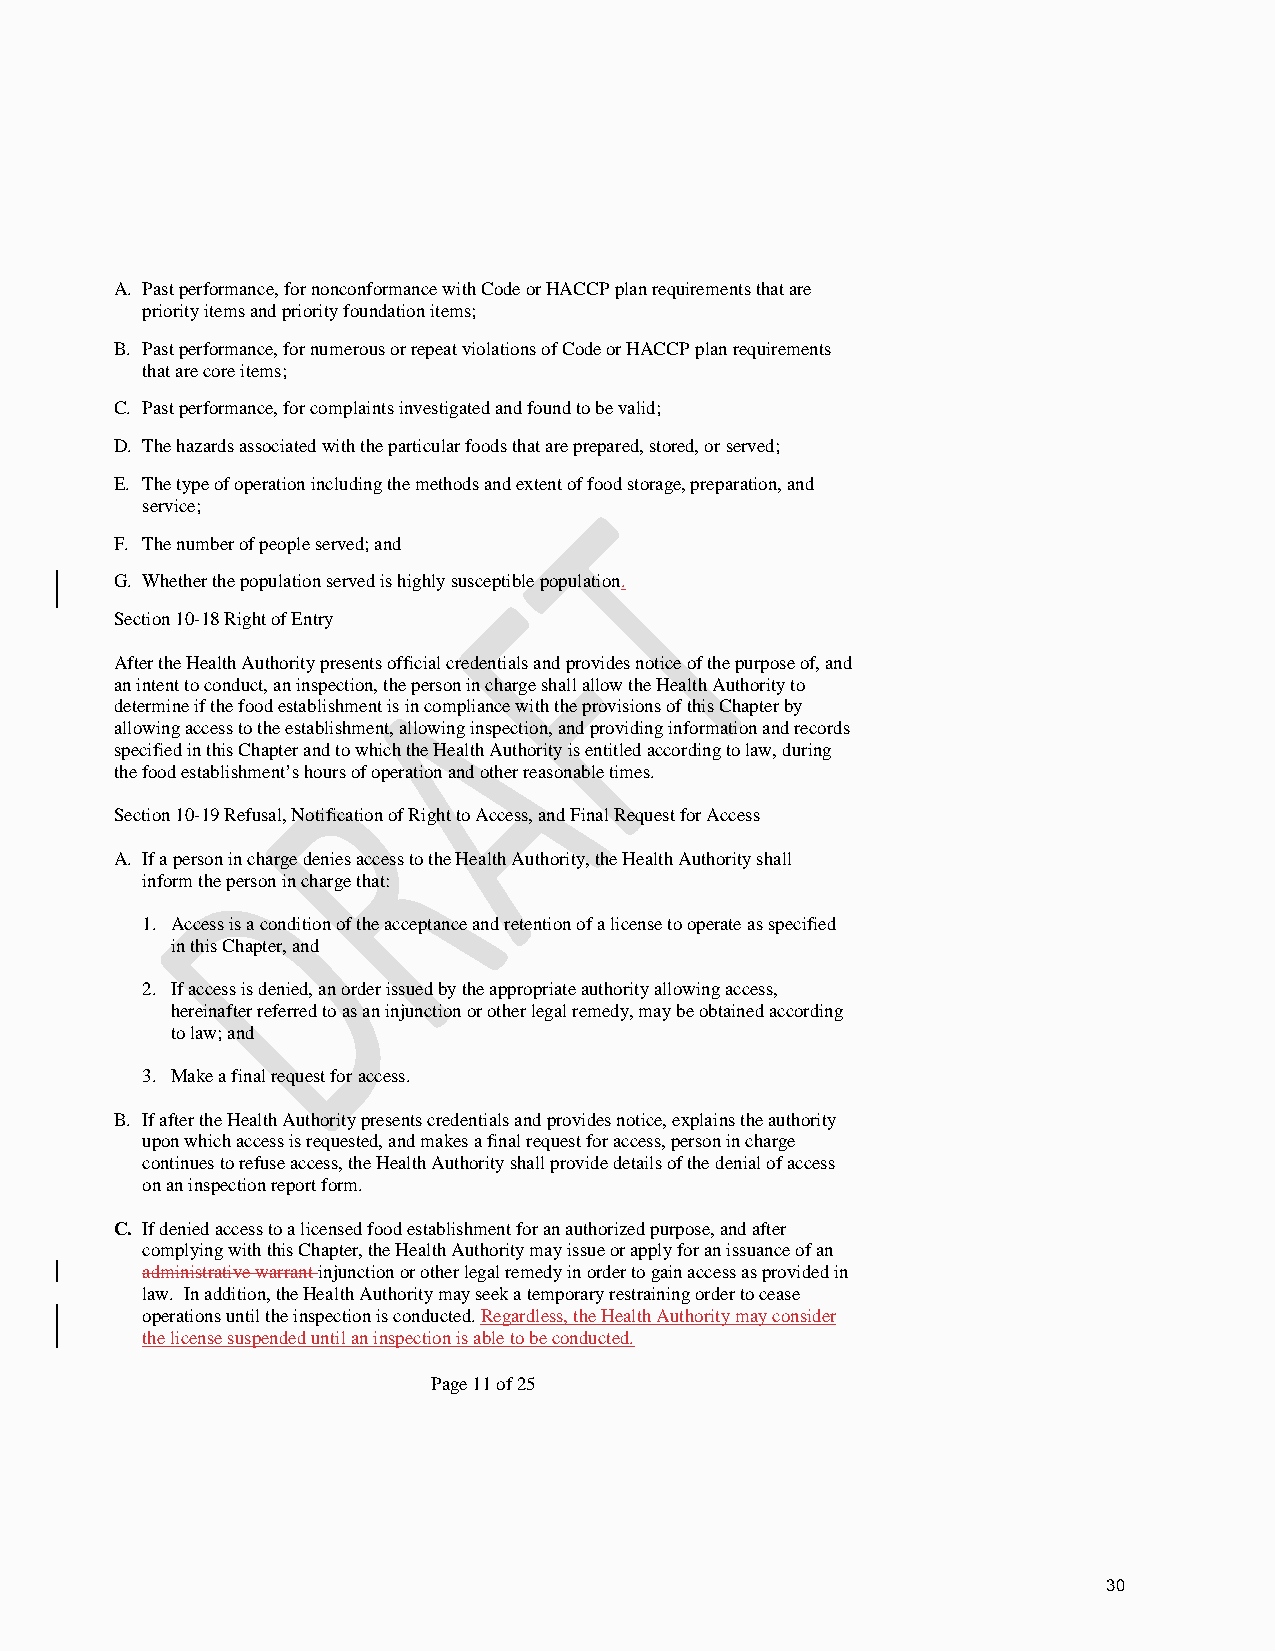
A. Past performance, for nonconformance with Code or HACCP plan requirements that are
 priority items and priority foundation items;
 B. Past performance, for numerous or repeat violations of Code or HACCP plan requirements
 that are core items;
 C. Past performance, for complaints investigated and found to be valid;
 D. The hazards associated with the particular foods that are prepared, stored, or served;
 E. The type of operation including the methods and extent of food storage, preparation, and
 service;
 F. The number of people served; and
 G. Whether the population served is highly susceptible population.
 Section 10-18 Right of Entry
 After the Health Authority presents official credentials and provides notice of the purpose of, and
 an intent to conduct, an inspection, the person in charge shall allow the Health Authority to
 determine if the food establishment is in compliance with the provisions of this Chapter by
 allowing access to the establishment, allowing inspection, and providing information and records
 specified in this Chapter and to which the Health Authority is entitled according to law, during
 the food establishment’s hours of operation and other reasonable times.
 Section 10-19 Refusal, Notification of Right to Access, and Final Request for Access
 A. If a person in charge denies access to the Health Authority, the Health Authority shall
 inform the person in charge that:
 1. Access is a condition of the acceptance and retention of a license to operate as specified
 in this Chapter, and
 2. If access is denied, an order issued by the appropriate authority allowing access,
 hereinafter referred to as an injunction or other legal remedy, may be obtained according
 to law; and
 3. Make a final request for access.
 B. If after the Health Authority presents credentials and provides notice, explains the authority
 upon which access is requested, and makes a final request for access, person in charge
 continues to refuse access, the Health Authority shall provide details of the denial of access
 on an inspection report form.
 C. If denied access to a licensed food establishment for an authorized purpose, and after
 complying with this Chapter, the Health Authority may issue or apply for an issuance of an
 administrative warrant injunction or other legal remedy in order to gain access as provided in
 law. In addition, the Health Authority may seek a temporary restraining order to cease
 operations until the inspection is conducted. Regardless, the Health Authority may consider
 the license suspended until an inspection is able to be conducted.
 Page 11 of 25
 30